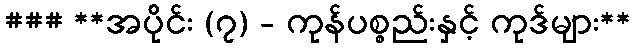
### **အပိုင်း (၇) - ကုန်ပစ္စည်းနှင့် ကုဒ်များ**